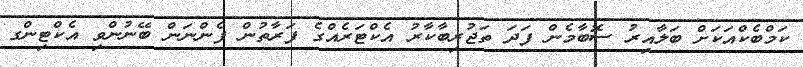
ކަމްބެކްއަކަށް ބަލާއިރު ސޮބާމެން ފަދަ ތަޖުރިބާކާރު އެކްޓަރެއްގެ ފަރާތުން ފެންނަން ބޭނުންވި އެކްޓިންގ